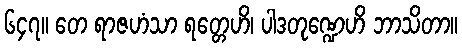
၆၄၇။ တေ ရာဇဟံသာ ရတ္တေဟိ၊ ပါဒတုဏ္ဍေဟိ ဘာသိတာ။